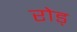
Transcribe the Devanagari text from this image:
रोड्